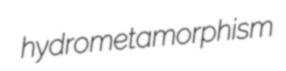
hydrometamorphism